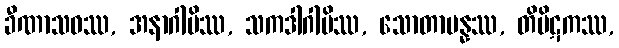
ခီဏာသဝဿ, အနာဂါမိဿ, သကဒါဂါမိဿ, သောတာပန္နဿ, တိပိဋကဿ,